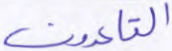
القاعدون